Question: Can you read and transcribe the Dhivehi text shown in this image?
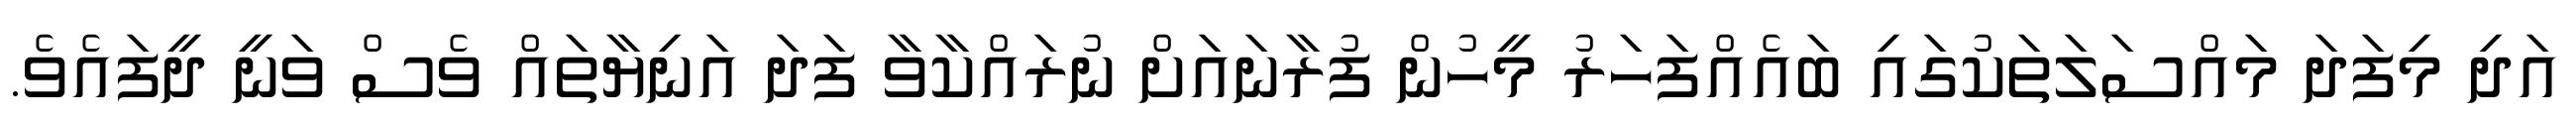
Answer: އަދި މިފަދަ މައްސަލަތަކުގައި ބައެއްފަހަރު މީހުން ފުރާނައަށް ނުރައްކާވާ ފަދަ އަނިޔާތައް ވެސް ވަނީ ދީފައެވެ.